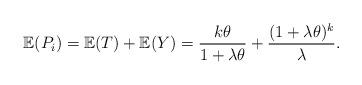
LaTeX: \begin{align*} \mathbb{E}(P_i) = \mathbb{E}(T) + \mathbb{E}(Y)= \frac{k\theta}{1+\lambda\theta}+\frac{(1+\lambda\theta)^k}{\lambda}.\end{align*}